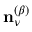
\mathbf { n } _ { \nu } ^ { ( \beta ) }